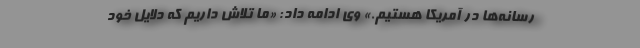
رسانه‌ها در آمریکا هستیم.» وی ادامه داد: «ما تلاش داریم که دلایل خود